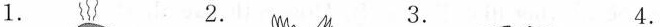
1. 2. 3. 4.